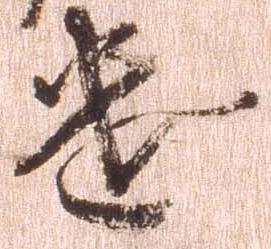
遣